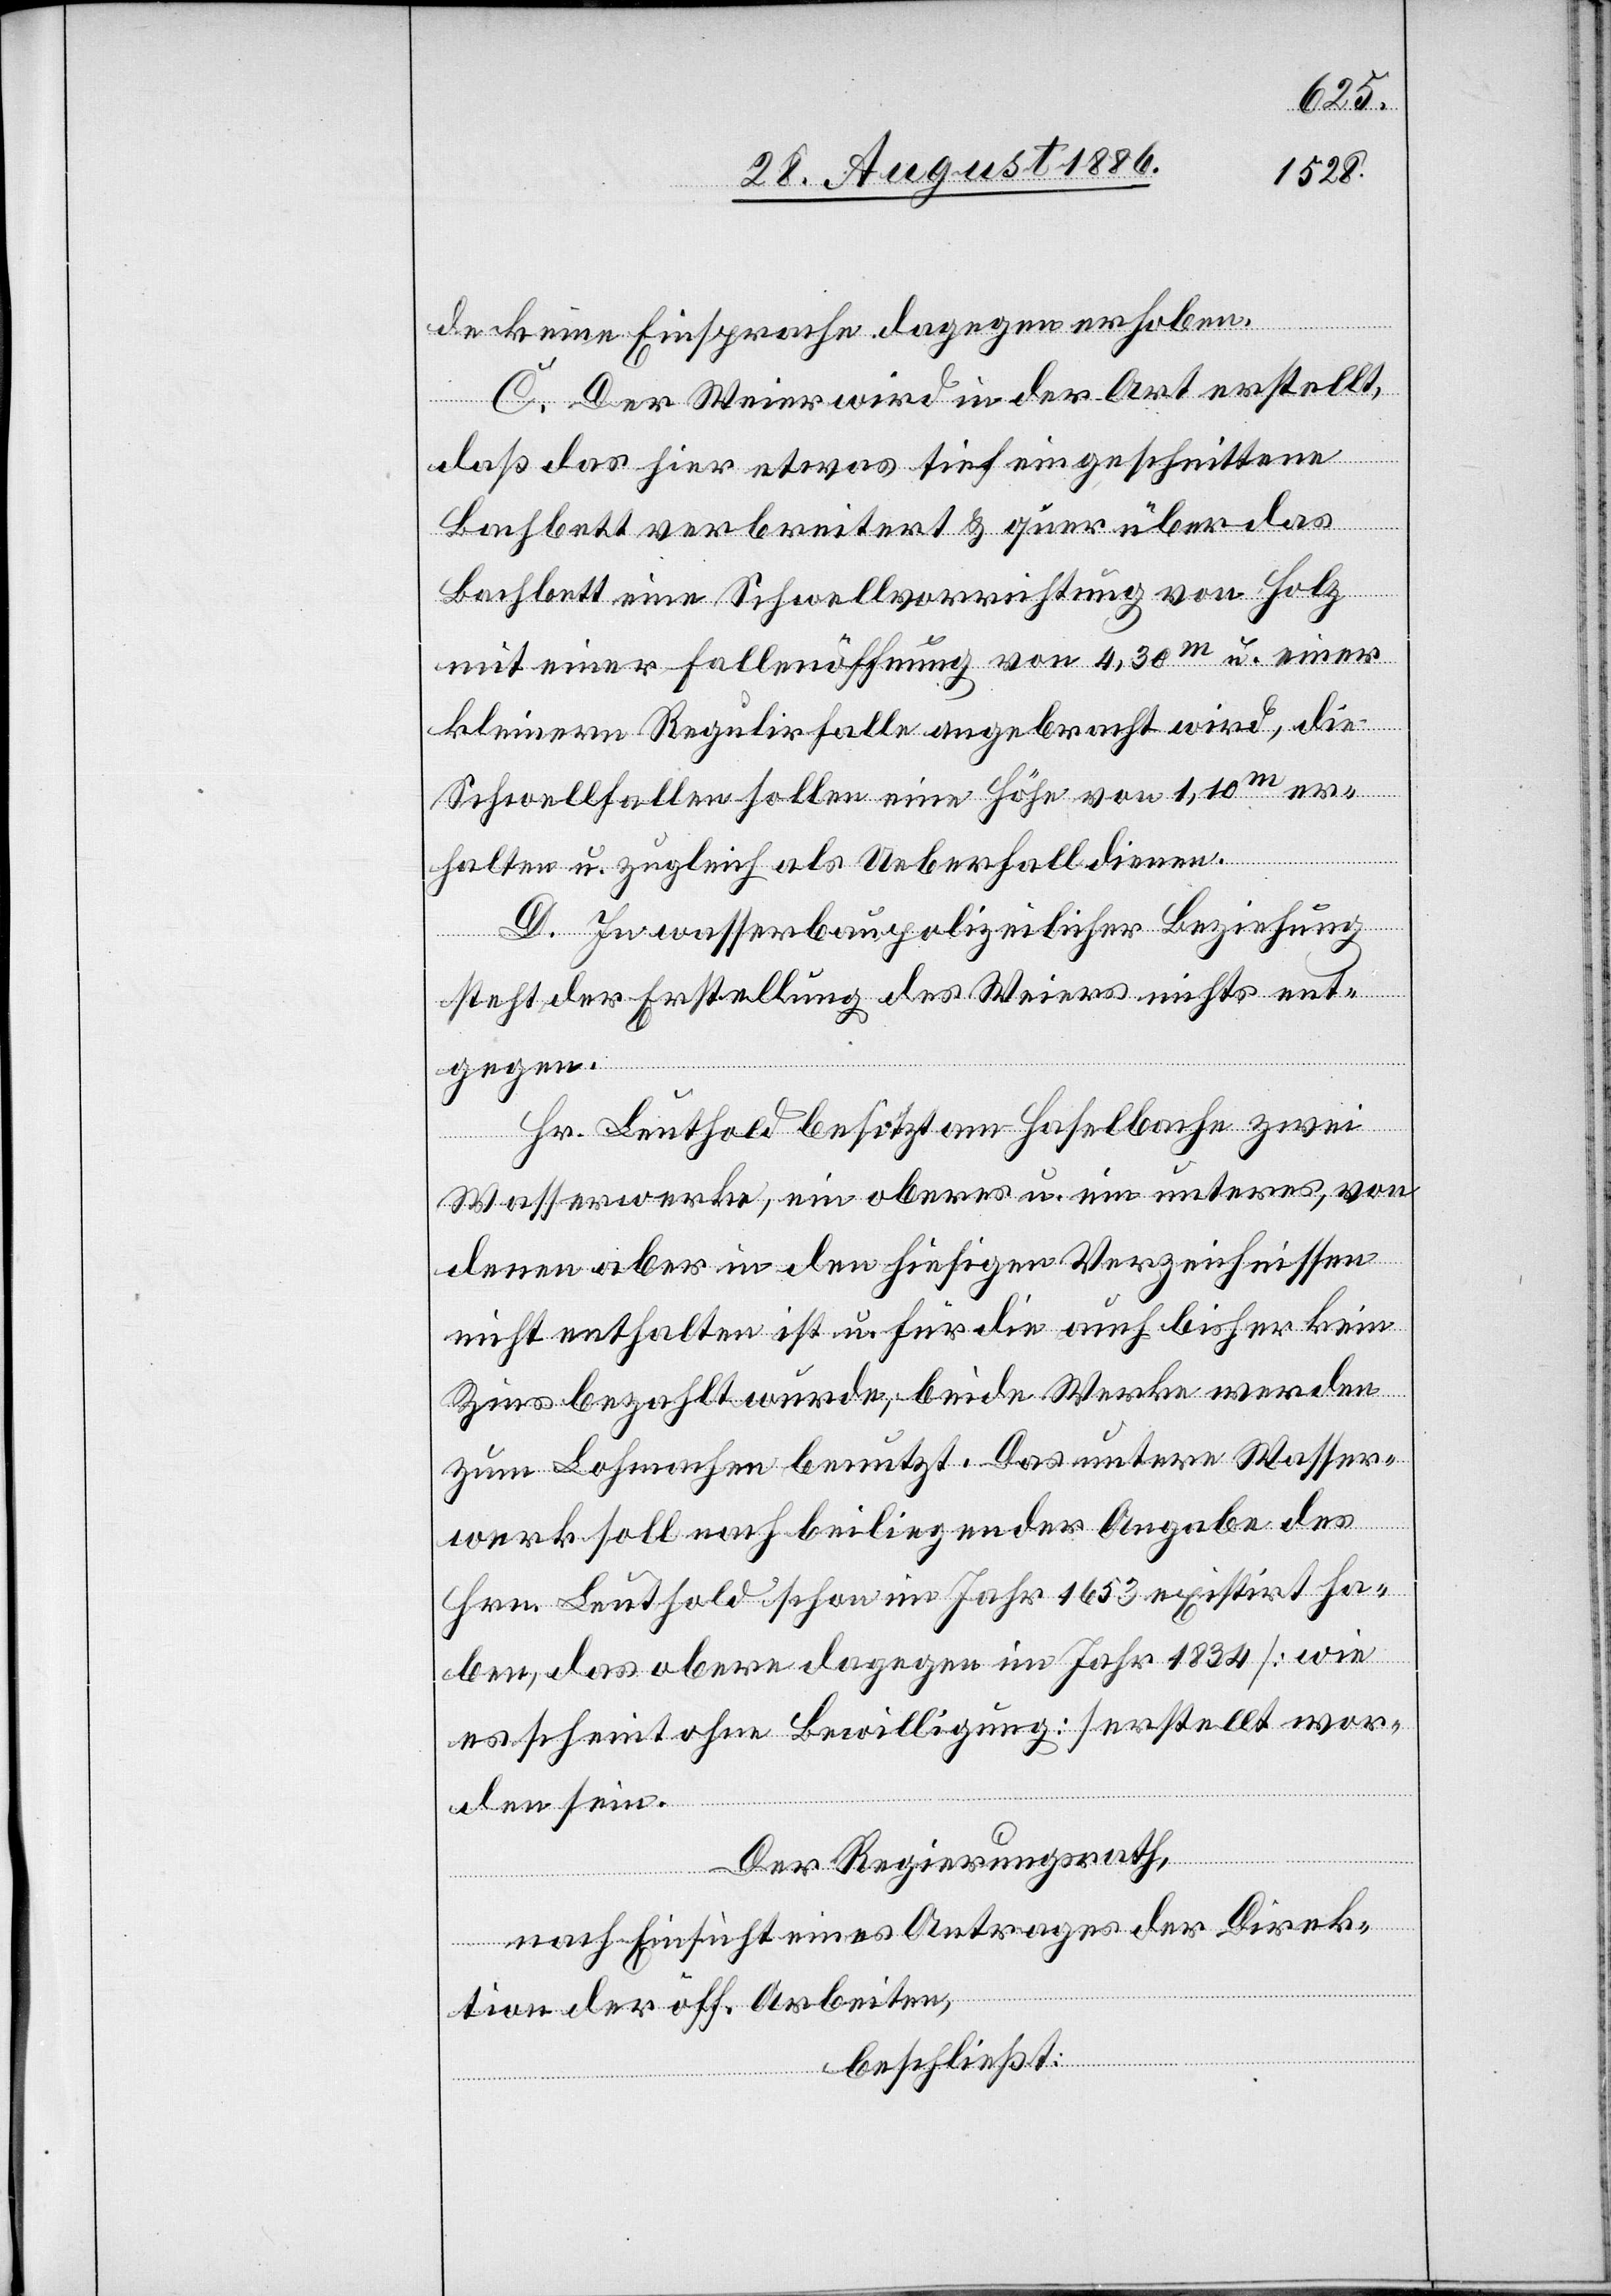
de keine Einsprache dagegen erhoben.
C. Der Weier wird in der Art erstellt,
daß das hier etwas tief eingeschnittene
Bachbett verbreitert & quer über das
Bachbett eine Schwellvorrichtung von Holz
mit einer Fallenöffnung von 4,30m u. einer
kleinern Regulirfalle angebracht wird, die
Schwellfallen sollen eine Höhe von 1,10m er¬
halten u. zugleich als Ueberfall dienen.
D. In wasserbaupolizeilicher Beziehung
steht der Erstellung des Weiers nichts ent¬
gegen.
Hr. Leuthold besitzt am Haselbache zwei
Wasserwerke, ein oberes u. ein unteres, von
denen aber in den hiesigen Verzeichnissen
[sic!] enthalten ist u. für die auch bisher kein
Zins bezahlt wurde; beide Werke werden
zum Lohmachen benutzt. Das untere Wasser¬
werk soll nach beiliegender Angabe des
Hrn. Leuthold schon im Jahr 1653 existirt ha¬
ben, das obere dagegen im Jahr 1834 [wie
es scheint ohne Bewilligung] erstellt wor¬
den sein.
Der Regierungsrath,
nach Einsicht eines Antrages der Direk¬
tion der öff. Arbeiten,
beschließt: